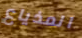
المذياع